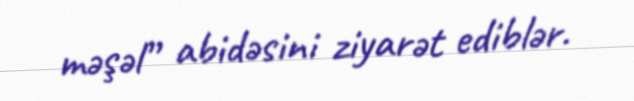
məşəl” abidəsini ziyarət ediblər.